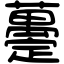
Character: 𧄌